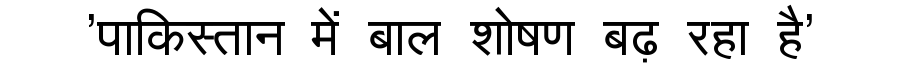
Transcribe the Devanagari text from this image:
'पाकिस्तान में बाल शोषण बढ़ रहा है'